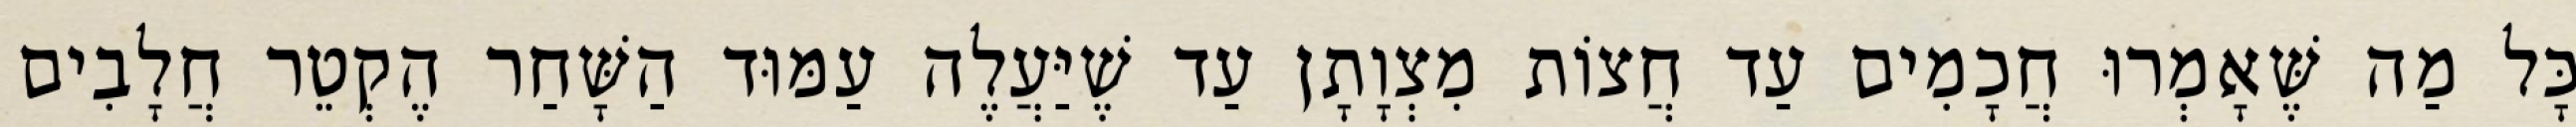
כָּל מַה שֶּׁאָמְרוּ חֲכָמִים עַד חֲצוֹת מִצְוָתָן עַד שֶׁיַּעֲלֶה עַמּוּד הַשָּׁחַר הֶקְטֵר חֲלָבִים